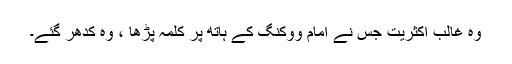
وہ غالب اکثریت جس نے امام ووکنگ کے ہاتھ پر کلمہ پڑھا ، وہ کدھر گئے۔